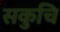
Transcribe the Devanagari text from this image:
सकुचि